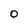
Character: O